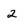
Character: 2